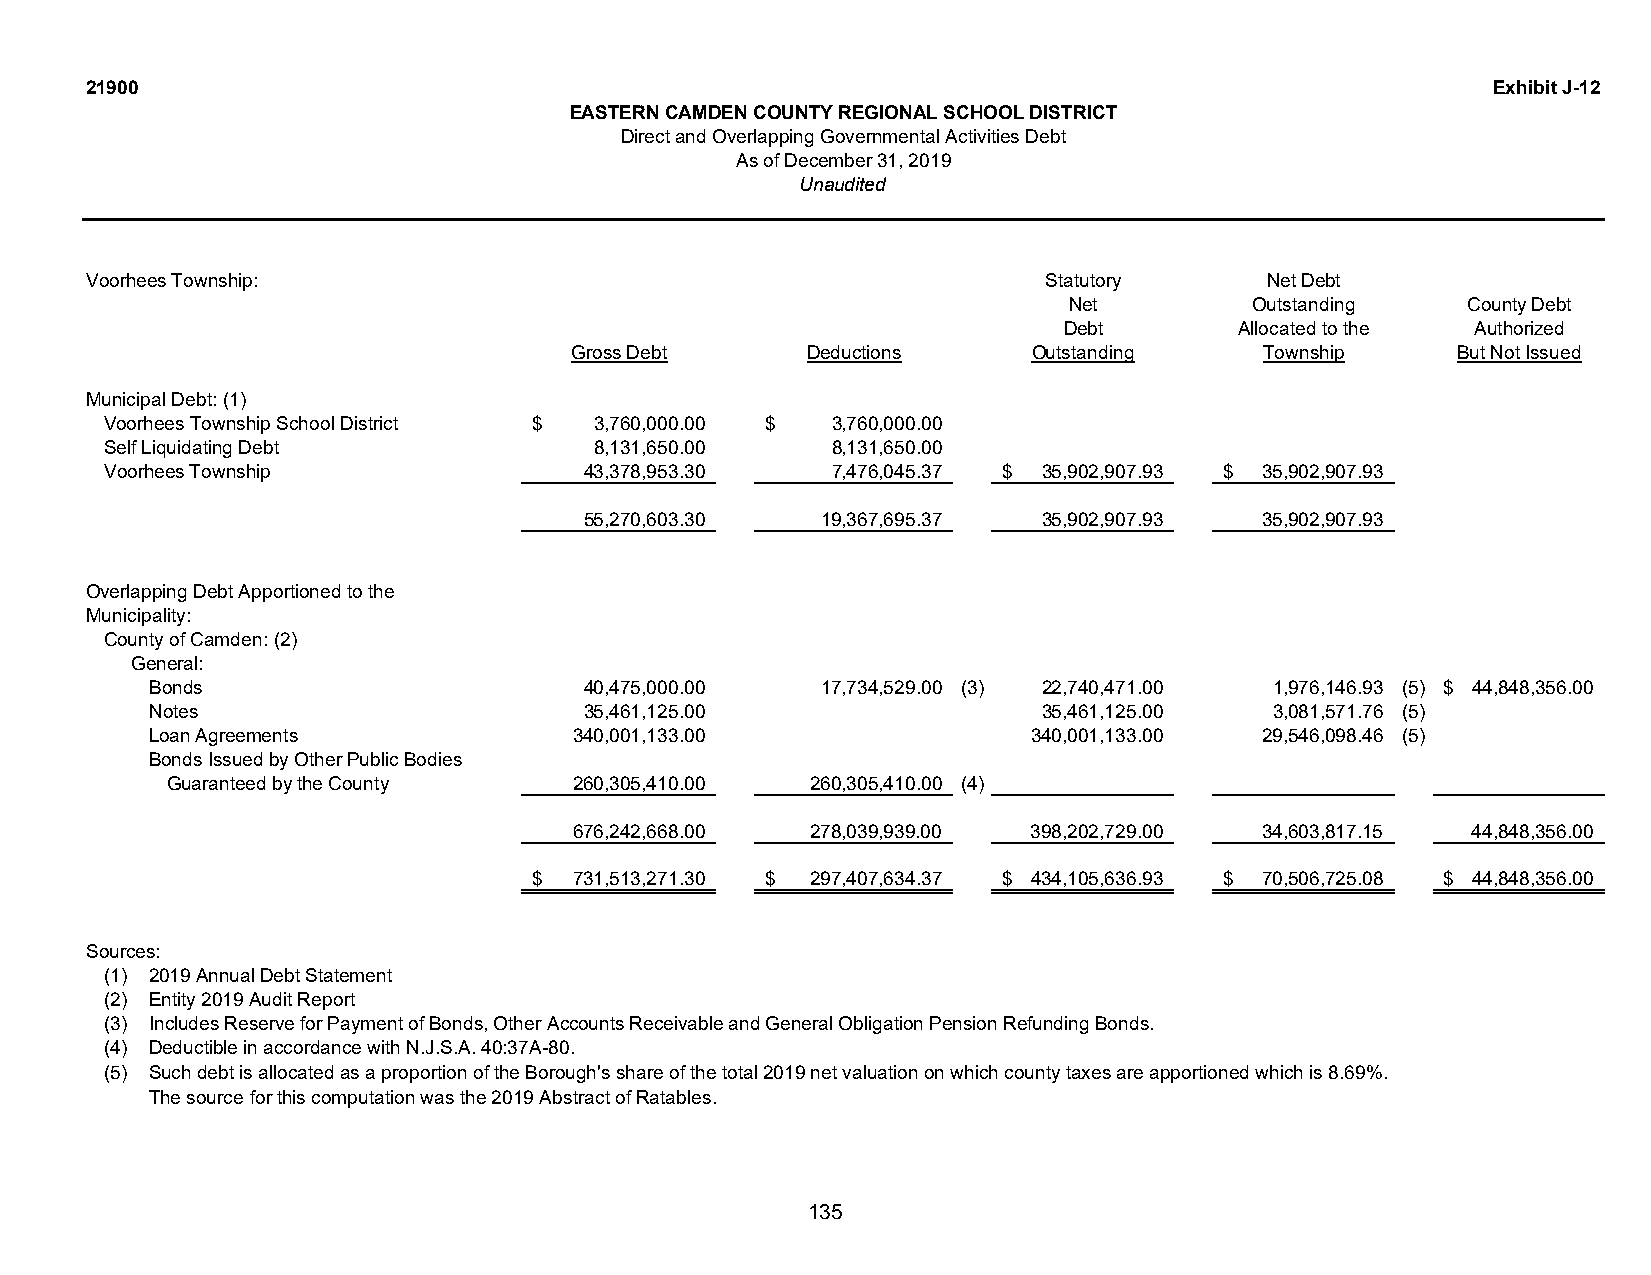
21900                                                                                        Exhibit J-12
 EASTERN CAMDEN COUNTY REGIONAL SCHOOL DISTRICT
 Direct and Overlapping Governmental Activities Debt
 As of December 31, 2019
 Unaudited
 Voorhees Township:                                             Statutory      Net Debt
 Net         Outstanding   County Debt
 Debt        Allocated to the Authorized
 Gross Debt     Deductions     Outstanding     Township    But Not Issued
 Municipal Debt: (1)
 Voorhees Township School District $ 3,760,000.00 $ 3,760,000.00
 Self Liquidating Debt           8,131,650.00    8,131,650.00
 Voorhees Township               43,378,953.30   7,476,045.37 $ 35,902,907.93 $ 35,902,907.93
 55,270,603.30  19,367,695.37  35,902,907.93  35,902,907.93
 Overlapping Debt Apportioned to the
 Municipality:
 County of Camden: (2)
 General:
 Bonds                        40,475,000.00  17,734,529.00 (3) 22,740,471.00 1,976,146.93 (5) $ 44,848,356.00
 Notes                        35,461,125.00                 35,461,125.00  3,081,571.76 (5)
 Loan Agreements             340,001,133.00                340,001,133.00  29,546,098.46 (5)
 Bonds Issued by Other Public Bodies
 Guaranteed by the County   260,305,410.00  260,305,410.00 (4)
 676,242,668.00  278,039,939.00 398,202,729.00 34,603,817.15 44,848,356.00
 $  731,513,271.30 $ 297,407,634.37 $ 434,105,636.93 $ 70,506,725.08 $ 44,848,356.00
 Sources:
 (1) 2019 Annual Debt Statement
 (2) Entity 2019 Audit Report
 (3) Includes Reserve for Payment of Bonds, Other Accounts Receivable and General Obligation Pension Refunding Bonds.
 (4) Deductible in accordance with N.J.S.A. 40:37A-80.
 (5) Such debt is allocated as a proportion of the Borough's share of the total 2019 net valuation on which county taxes are apportioned which is 8.69%.
 The source for this computation was the 2019 Abstract of Ratables.
 135